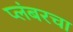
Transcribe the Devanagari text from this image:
प्लंबरचा